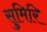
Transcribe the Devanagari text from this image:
सुमिरि